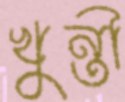
খুন্তী